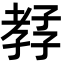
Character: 𡦊